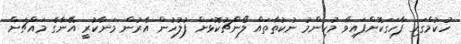
ހުކުމްގައި ފާހަގަކޮށްފައިވާ މުހިންމު ނުކުތާތައް ލޯންޗުކޮޅަށް ފުލުހުން އެރުން މަނާކުރީ އޭނާގެ މައްޗަށް